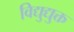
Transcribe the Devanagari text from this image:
विद्युद्युक्त